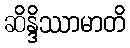
ဆိန္ဒိဿာမာတိ